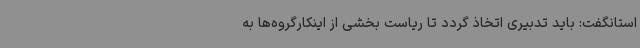
استانگفت: باید تدبیری اتخاذ گردد تا ریاست بخشی از اینکارگروه‌ها به